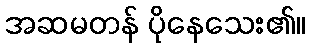
အဆမတန် ပိုနေသေး၏။